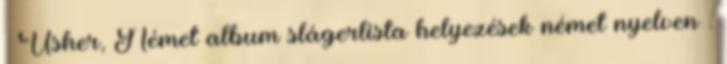
↑ Usher, Német album slágerlista helyezések német nyelven .